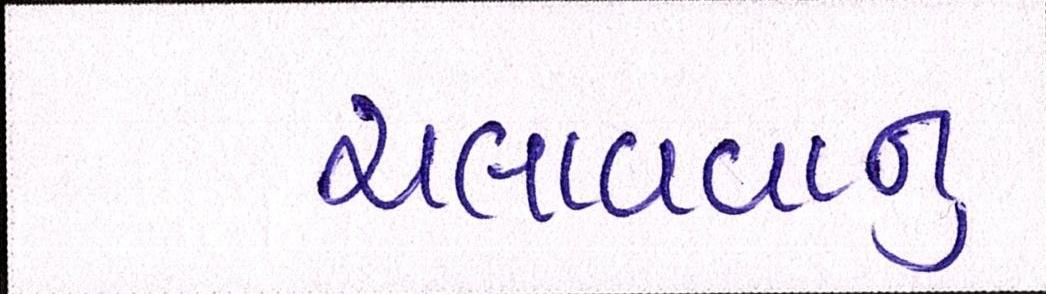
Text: ચલાવવાનુ